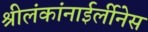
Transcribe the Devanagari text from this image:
श्रीलंकांनाईर्लीनेस